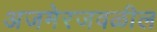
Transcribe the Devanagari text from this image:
अजमेरजवळील